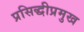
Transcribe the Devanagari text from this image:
प्रसिद्धीप्रमुख